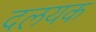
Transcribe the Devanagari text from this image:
दलयक